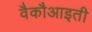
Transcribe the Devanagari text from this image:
वैकौआइती